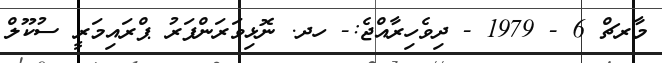
މާރޗް 6 - 1979 - ދިވެހިރާއްޖެ:- ހދ. ނޮޅިވަރަންފަރު ޕްރައިމަރީ ސުކޫލް